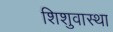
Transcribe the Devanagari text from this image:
शिशुवास्था